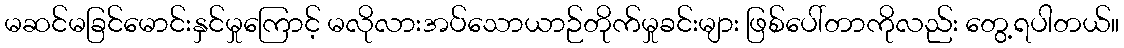
မဆင်မခြင်မောင်းနှင်မှုကြောင့် မလိုလားအပ်သောယာဉ်တိုက်မှုခင်းများ ဖြစ်ပေါ်တာကိုလည်း တွေ့ရပါတယ်။